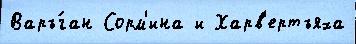
Варъ́ган Сорм'ина и Харв'ертъяха